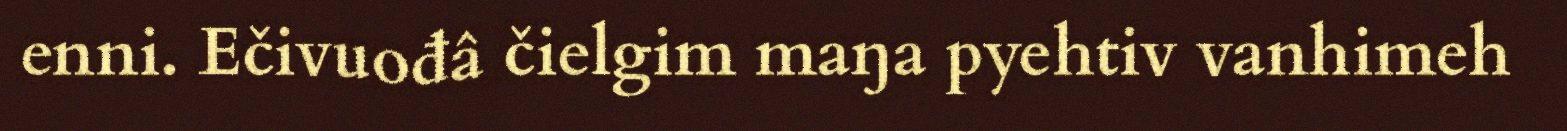
enni. Ečivuođâ čielgim maŋa pyehtiv vanhimeh